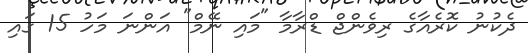
ދެކުނު ކޮރެއާގެ ރިވެންޖް ޑްރާމާ "މައި ނޭމް" އަންނަ މަހު 15 ގައި